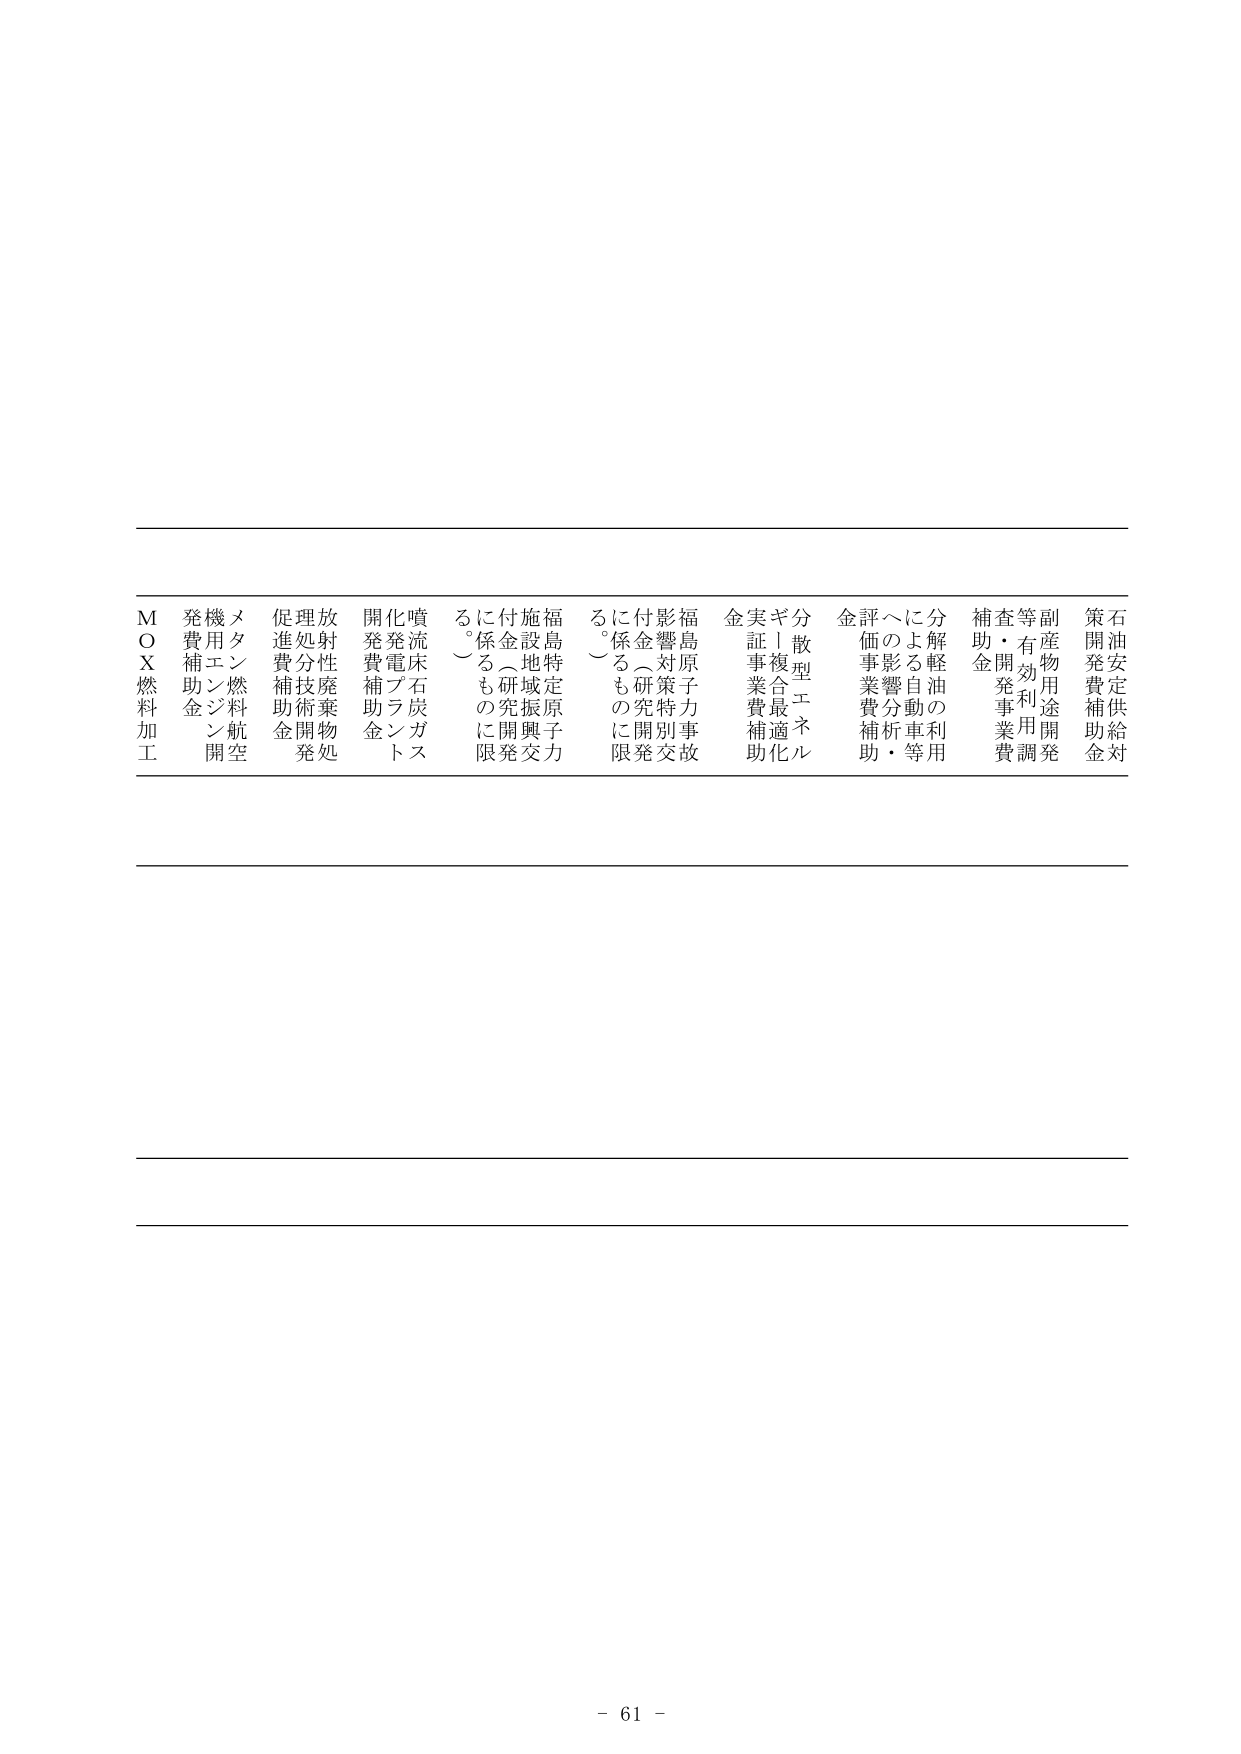
ＭＯＸ燃料加工
発費補助金
機用エンジン開発
メタン燃料航空
促進費補助金
理処分技術開発
放射性廃棄物処理
開発費補助金
化発電プラント
噴流床石炭ガス
る。～係るもに限
に係るも開発
付金（研究）
施設地域振興交
福島特定原子力
る。～係るもに限
に係るも開発
付金（研究）
影響対策特別
福島原子力事故
金実証事業補助
ギ！複合最適化
分散型エネルギー
金評価事業補助
への影響分析・等
による自動車用
分解軽油の利用
補助金開発事業費
査・有効利用調査
等副産物用途開発
策開発費補助金
石油安定供給対策

－ 61 －